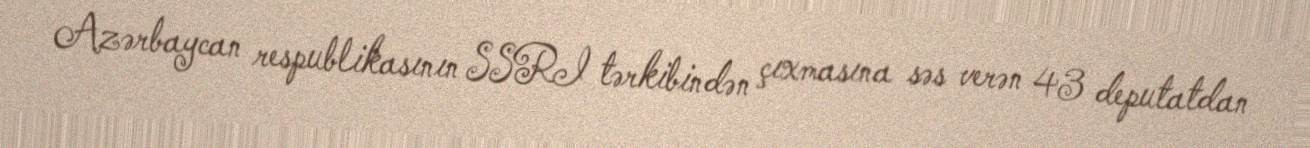
Azərbaycan respublikasının SSRI tərkibindən çıxmasına səs verən 43 deputatdan